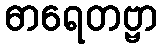
ဓာရေတဗ္ဗာ